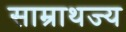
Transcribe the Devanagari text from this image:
साम्राथज्य